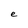
Character: e